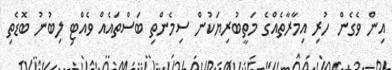
އިން ވެގެން ހުރި އިމާރާތެއްގެ މަތީބުރިޔަކުން ސިމެންތި ބަސްތައެއް ވެއްޓި ލިބުނު ބޮޑެތި